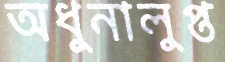
অধুনালুপ্ত